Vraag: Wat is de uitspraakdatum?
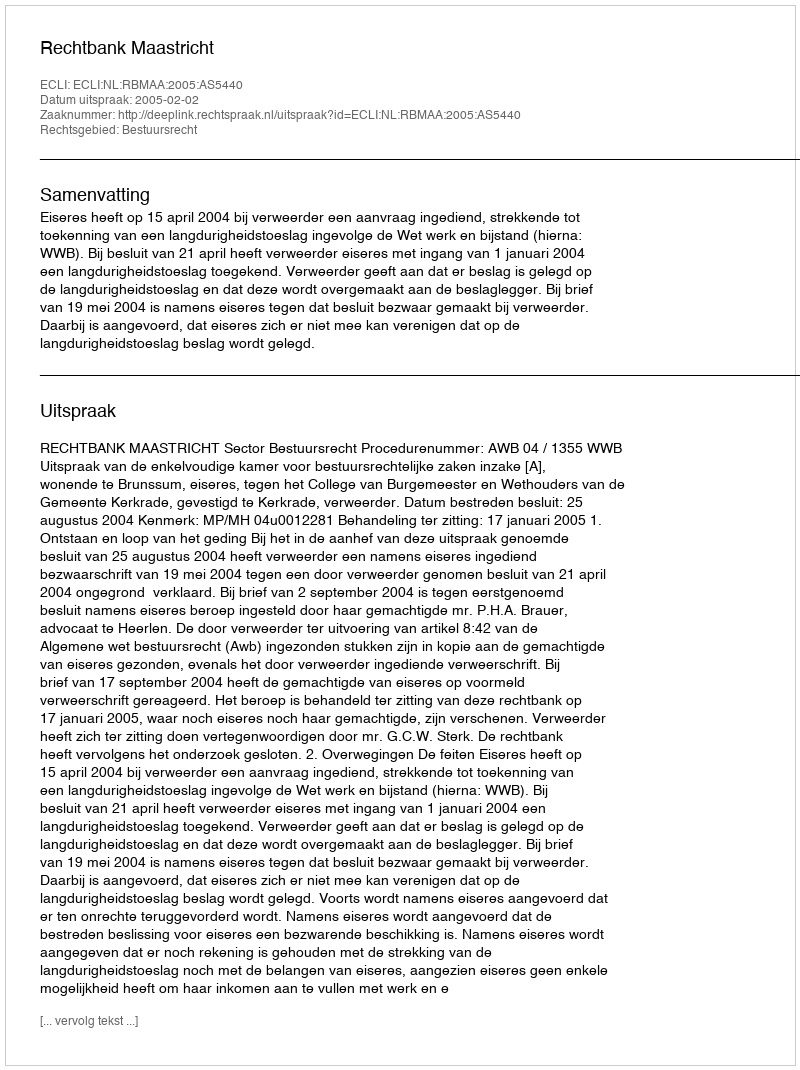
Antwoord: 2005-02-02